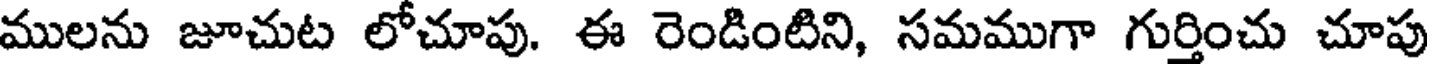
ములను జూచుట లోచూపు. ఈ రెండింటిని, సమముగా గుర్తించు చూపు